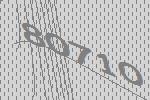
80710